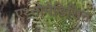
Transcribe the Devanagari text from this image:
एथ्नोमेडिसिन